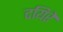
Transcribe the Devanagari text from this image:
दयिरे